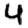
Digit: 4